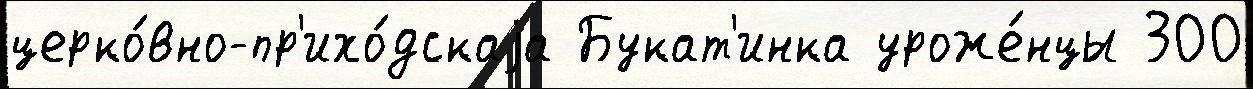
церко́вно-пр'ихо́дскаjа Букат'инка уроже́нцы 300